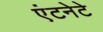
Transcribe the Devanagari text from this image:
एंटनेटे